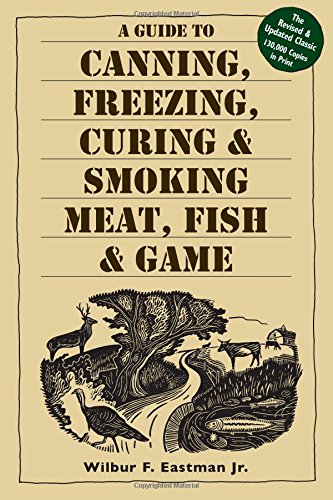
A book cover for A Guide to Canning, Freezing, Curing & Smoking Meat, Fish & Game; Wilbur F. Eastman; Cookbooks, Food & Wine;